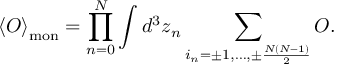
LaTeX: \left< { \cal O } \right> _ { \mathrm { m o n } } = \prod _ { n = 0 } ^ { \cal N } \int d ^ { 3 } z _ { n } \sum _ { i _ { n } = \pm 1 , \ldots , \pm \frac { N ( N - 1 ) } { 2 } } ^ { } { \cal O } .